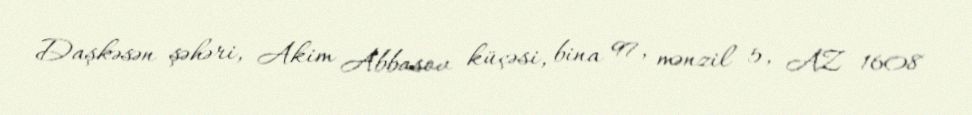
Daşkəsən şəhəri, Akim Abbasov küçəsi, bina 97, mənzil 5, AZ 1608